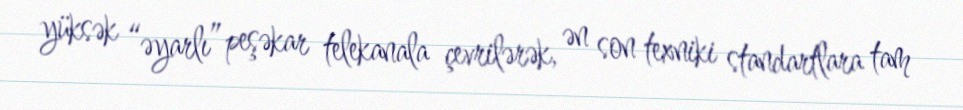
yüksək “əyarlı” peşəkar telekanala çevrilərək, ən son texniki standartlara tam